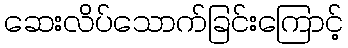
ဆေးလိပ်သောက်ခြင်းကြောင့်